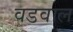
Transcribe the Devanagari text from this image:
वडवाल